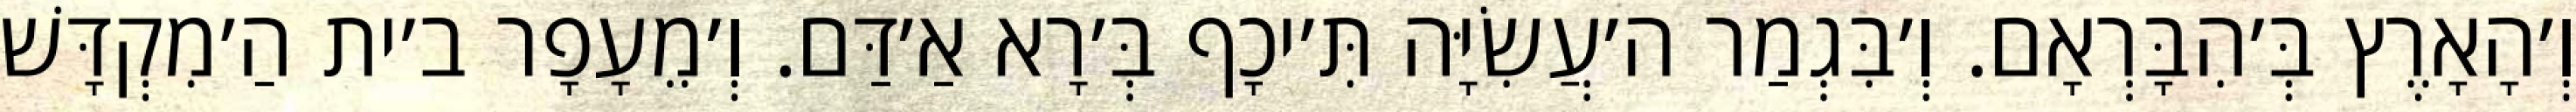
וְ׳הָאָרֶץ בְּ׳הִבָּרְאָם. וְ׳בִּגְמַר ה׳עֲשִׂיָּה תִּ׳יכָף בְּ׳רָא אַ׳דַּם. וְ׳מֵעָפָר ב׳ית הַ׳מִקְדָּשׁ